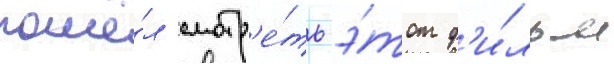
пошё́л смотр'е́ть э́тот ф'и́льм